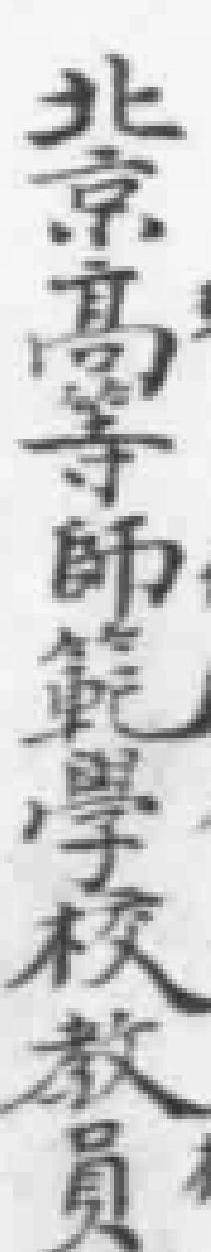
北京高等師範學校教員